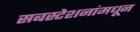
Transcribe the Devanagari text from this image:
सबस्टेशनांमधून